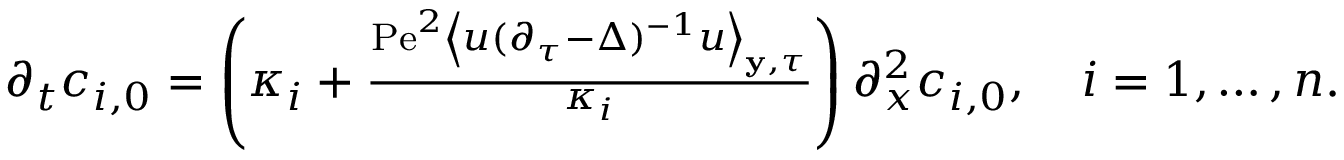
\begin{array} { r } { \partial _ { t } c _ { i , 0 } = \left( \kappa _ { i } + \frac { \mathrm { P e } ^ { 2 } \left\langle u ( \partial _ { \tau } - \Delta ) ^ { - 1 } u \right\rangle _ { \mathbf { y } , \tau } } { \kappa _ { i } } \right) \partial _ { x } ^ { 2 } c _ { i , 0 } , \quad i = 1 , \hdots , n . } \end{array}